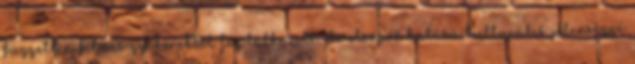
független filmes gyökerekből táplálkozott, de elsöprő hatású kulturális jelenséggé